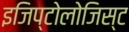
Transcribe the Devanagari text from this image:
इजिप्टोलोजिस्ट